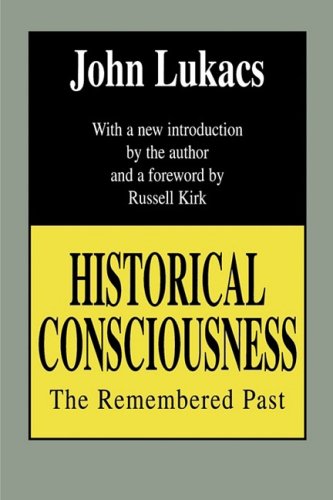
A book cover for Historical Consciousness: The Remembered Past (Contemporary Austrian Studies); John Lukacs; Medical Books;